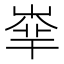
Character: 𡴟